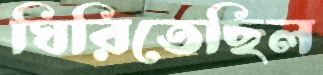
ঘিরিতেছিল